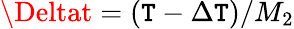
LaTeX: \Deltat=(\mathtt{T}-\Delta\mathtt{T})/M_{2}